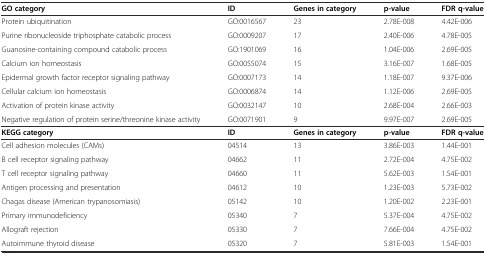
<table><thead><tr><td><b>GO category</b></td><td><b>ID</b></td><td><b>Genes in category</b></td><td><b>p-value</b></td><td><b>FDR q-value</b></td></tr></thead><tbody><tr><td>Protein ubiquitination</td><td>GO:0016567</td><td>23</td><td>2.78E-008</td><td>4.42E-006</td></tr><tr><td>Purine ribonucleoside triphosphate catabolic process</td><td>GO:0009207</td><td>17</td><td>2.40E-006</td><td>4.78E-005</td></tr><tr><td>Guanosine-containing compound catabolic process</td><td>GO:1901069</td><td>16</td><td>1.04E-006</td><td>2.69E-005</td></tr><tr><td>Calcium ion homeostasis</td><td>GO:0055074</td><td>15</td><td>3.16E-007</td><td>1.68E-005</td></tr><tr><td>Epidermal growth factor receptor signaling pathway</td><td>GO:0007173</td><td>14</td><td>1.18E-007</td><td>9.37E-006</td></tr><tr><td>Cellular calcium ion homeostasis</td><td>GO:0006874</td><td>14</td><td>1.12E-006</td><td>2.69E-005</td></tr><tr><td>Activation of protein kinase activity</td><td>GO:0032147</td><td>10</td><td>2.68E-004</td><td>2.66E-003</td></tr><tr><td>Negative regulation of protein serine/threonine kinase activity</td><td>GO:0071901</td><td>9</td><td>9.97E-007</td><td>2.69E-005</td></tr><tr><td><b>KEGG category</b></td><td><b>ID</b></td><td><b>Genes in category</b></td><td><b>p-value</b></td><td><b>FDR q-value</b></td></tr><tr><td>Cell adhesion molecules (CAMs)</td><td>04514</td><td>13</td><td>3.86E-003</td><td>1.44E-001</td></tr><tr><td>B cell receptor signaling pathway</td><td>04662</td><td>11</td><td>2.72E-004</td><td>4.75E-002</td></tr><tr><td>T cell receptor signaling pathway</td><td>04660</td><td>11</td><td>5.62E-003</td><td>1.54E-001</td></tr><tr><td>Antigen processing and presentation</td><td>04612</td><td>10</td><td>1.23E-003</td><td>5.73E-002</td></tr><tr><td>Chagas disease (American trypanosomiasis)</td><td>05142</td><td>10</td><td>1.20E-002</td><td>2.23E-001</td></tr><tr><td>Primary immunodeficiency</td><td>05340</td><td>7</td><td>5.37E-004</td><td>4.75E-002</td></tr><tr><td>Allograft rejection</td><td>05330</td><td>7</td><td>7.66E-004</td><td>4.75E-002</td></tr><tr><td>Autoimmune thyroid disease</td><td>05320</td><td>7</td><td>5.81E-003</td><td>1.54E-001</td></tr></tbody></table>